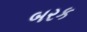
બરક